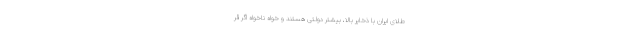
طلای ایران با ذخایر بالا، بیشتر دولتی هستند و خواه‌ ناخواه اگر قر